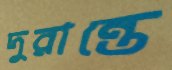
দুরান্তে